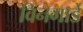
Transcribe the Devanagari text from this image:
विनगार्डे